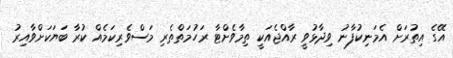
އޭގެ އިތުރަށް އެމަނިކުފާނު ވިދާޅުވީ ރާއްޖެއަކީ ތިމާވެށްޓާ ރަހުމަތްތެރި މަސްވެރިކަމެއް ކުރާ ބަޔަކަށްވާއިރު